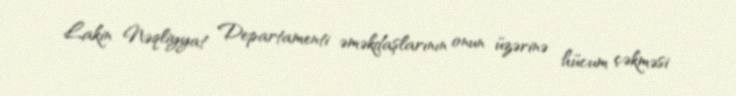
Lakin Nəqliyyat Departamenti əməkdaşlarının onun üzərinə hücum çəkməsi